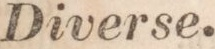
Diverse.